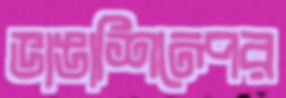
ভাঙাশিল্পের